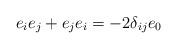
LaTeX: \begin{align*}e_{i}e_{j}+e_{j}e_{i}=-2\delta _{ij}e_{0} \end{align*}